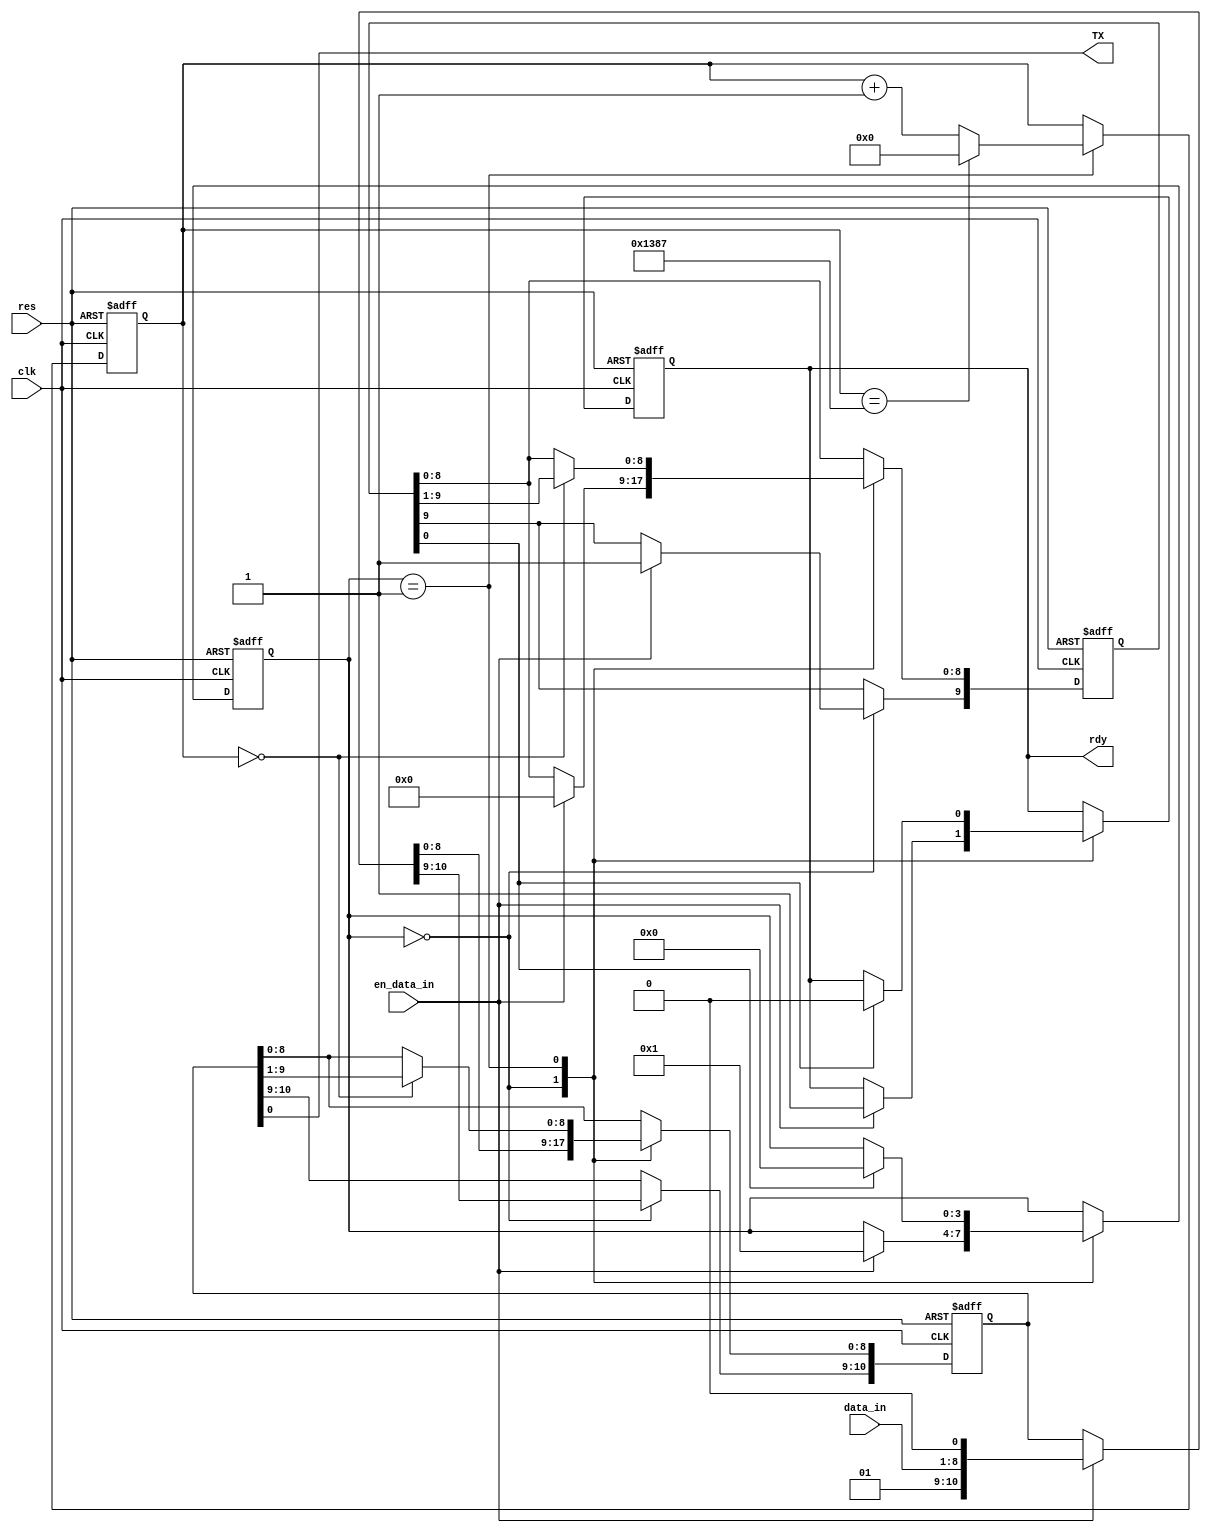
//2022-05-22 ,
//;

`timescale 1ns/10ps
module  UART_TXer(
                 clk,
		             res,           
                 data_in,
                 en_data_in,
                 TX,
                 rdy
                  );

input            clk;
input            res;
input[7:0]       data_in;     //
input            en_data_in;  //


output           rdy;         // 0
output           TX;  // 


reg[3:0]         state ;       //
reg[10:0]        send_buf;     //

reg[12:0]        con;          //;




//reg[3:0]         con_bits ;    //
//reg              RX_delay;    // RX 
//reg              en_data_out;

assign            TX=send_buf[0]; //TX

reg[9:0]           send_flag; //;

reg                rdy;



always@(posedge clk or negedge res )


   if (~res )begin 
   state<=0; send_buf<=0;con<=0;send_flag<= 10'b10_0000_0000;

   rdy<=0;

   //con<=0;con_bits<=0; RX_delay<=0;
   //data_out<=0;en_data_out<=0;
   end

   else begin 

      //RX_delay <=RX;

      case(state)

      0://
        begin 
        if (en_data_in)begin

            send_buf={1'b1,data_in,1'b0} ;
            send_flag<= 10'b10_0000_0000;
            rdy<=1;
            state<=1; 
            end 
  
        end 


      1://,
        begin 
            if (con==5000-1)begin 
                  con<=0;
                  //state<=3;
                  end
            else begin 
                 con<=con+1;
                 end

            if (con==0)begin 
                send_buf[8:0]<=send_buf[9:1];
                send_flag[8:0]<=send_flag[9:1];
            end

            if (send_flag[0]) begin 
                
                rdy<=0;
                state<=0;

            end 
        end 




        endcase
   end

endmodule